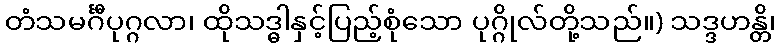
တံသမင်္ဂီပုဂ္ဂလာ၊ ထိုသဒ္ဓါနှင့်ပြည့်စုံသော ပုဂ္ဂိုလ်တို့သည်။) သဒ္ဒဟန္တိ၊